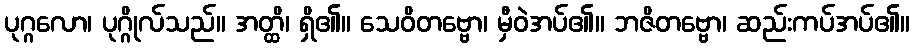
ပုဂ္ဂလော၊ ပုဂ္ဂိုလ်သည်။ အတ္ထိ၊ ရှိ၏။ သေဝိတဗ္ဗော၊ မှီဝဲအပ်၏။ ဘဇိတဗ္ဗော၊ ဆည်းကပ်အပ်၏။